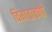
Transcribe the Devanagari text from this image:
विनाचाचणी